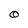
Character: O